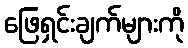
ဖြေရှင်းချက်များကို